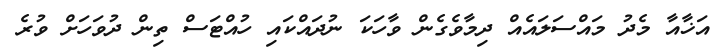
އަޚާއާ މެދު މައްސަލައެއް ދިމާވެގެން ވާހަކަ ނުދައްކައި ހުއްޓަސް ތިން ދުވަހަށް ވުރެ